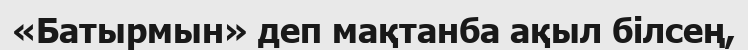
«Батырмын» деп мақтанба ақыл білсең,